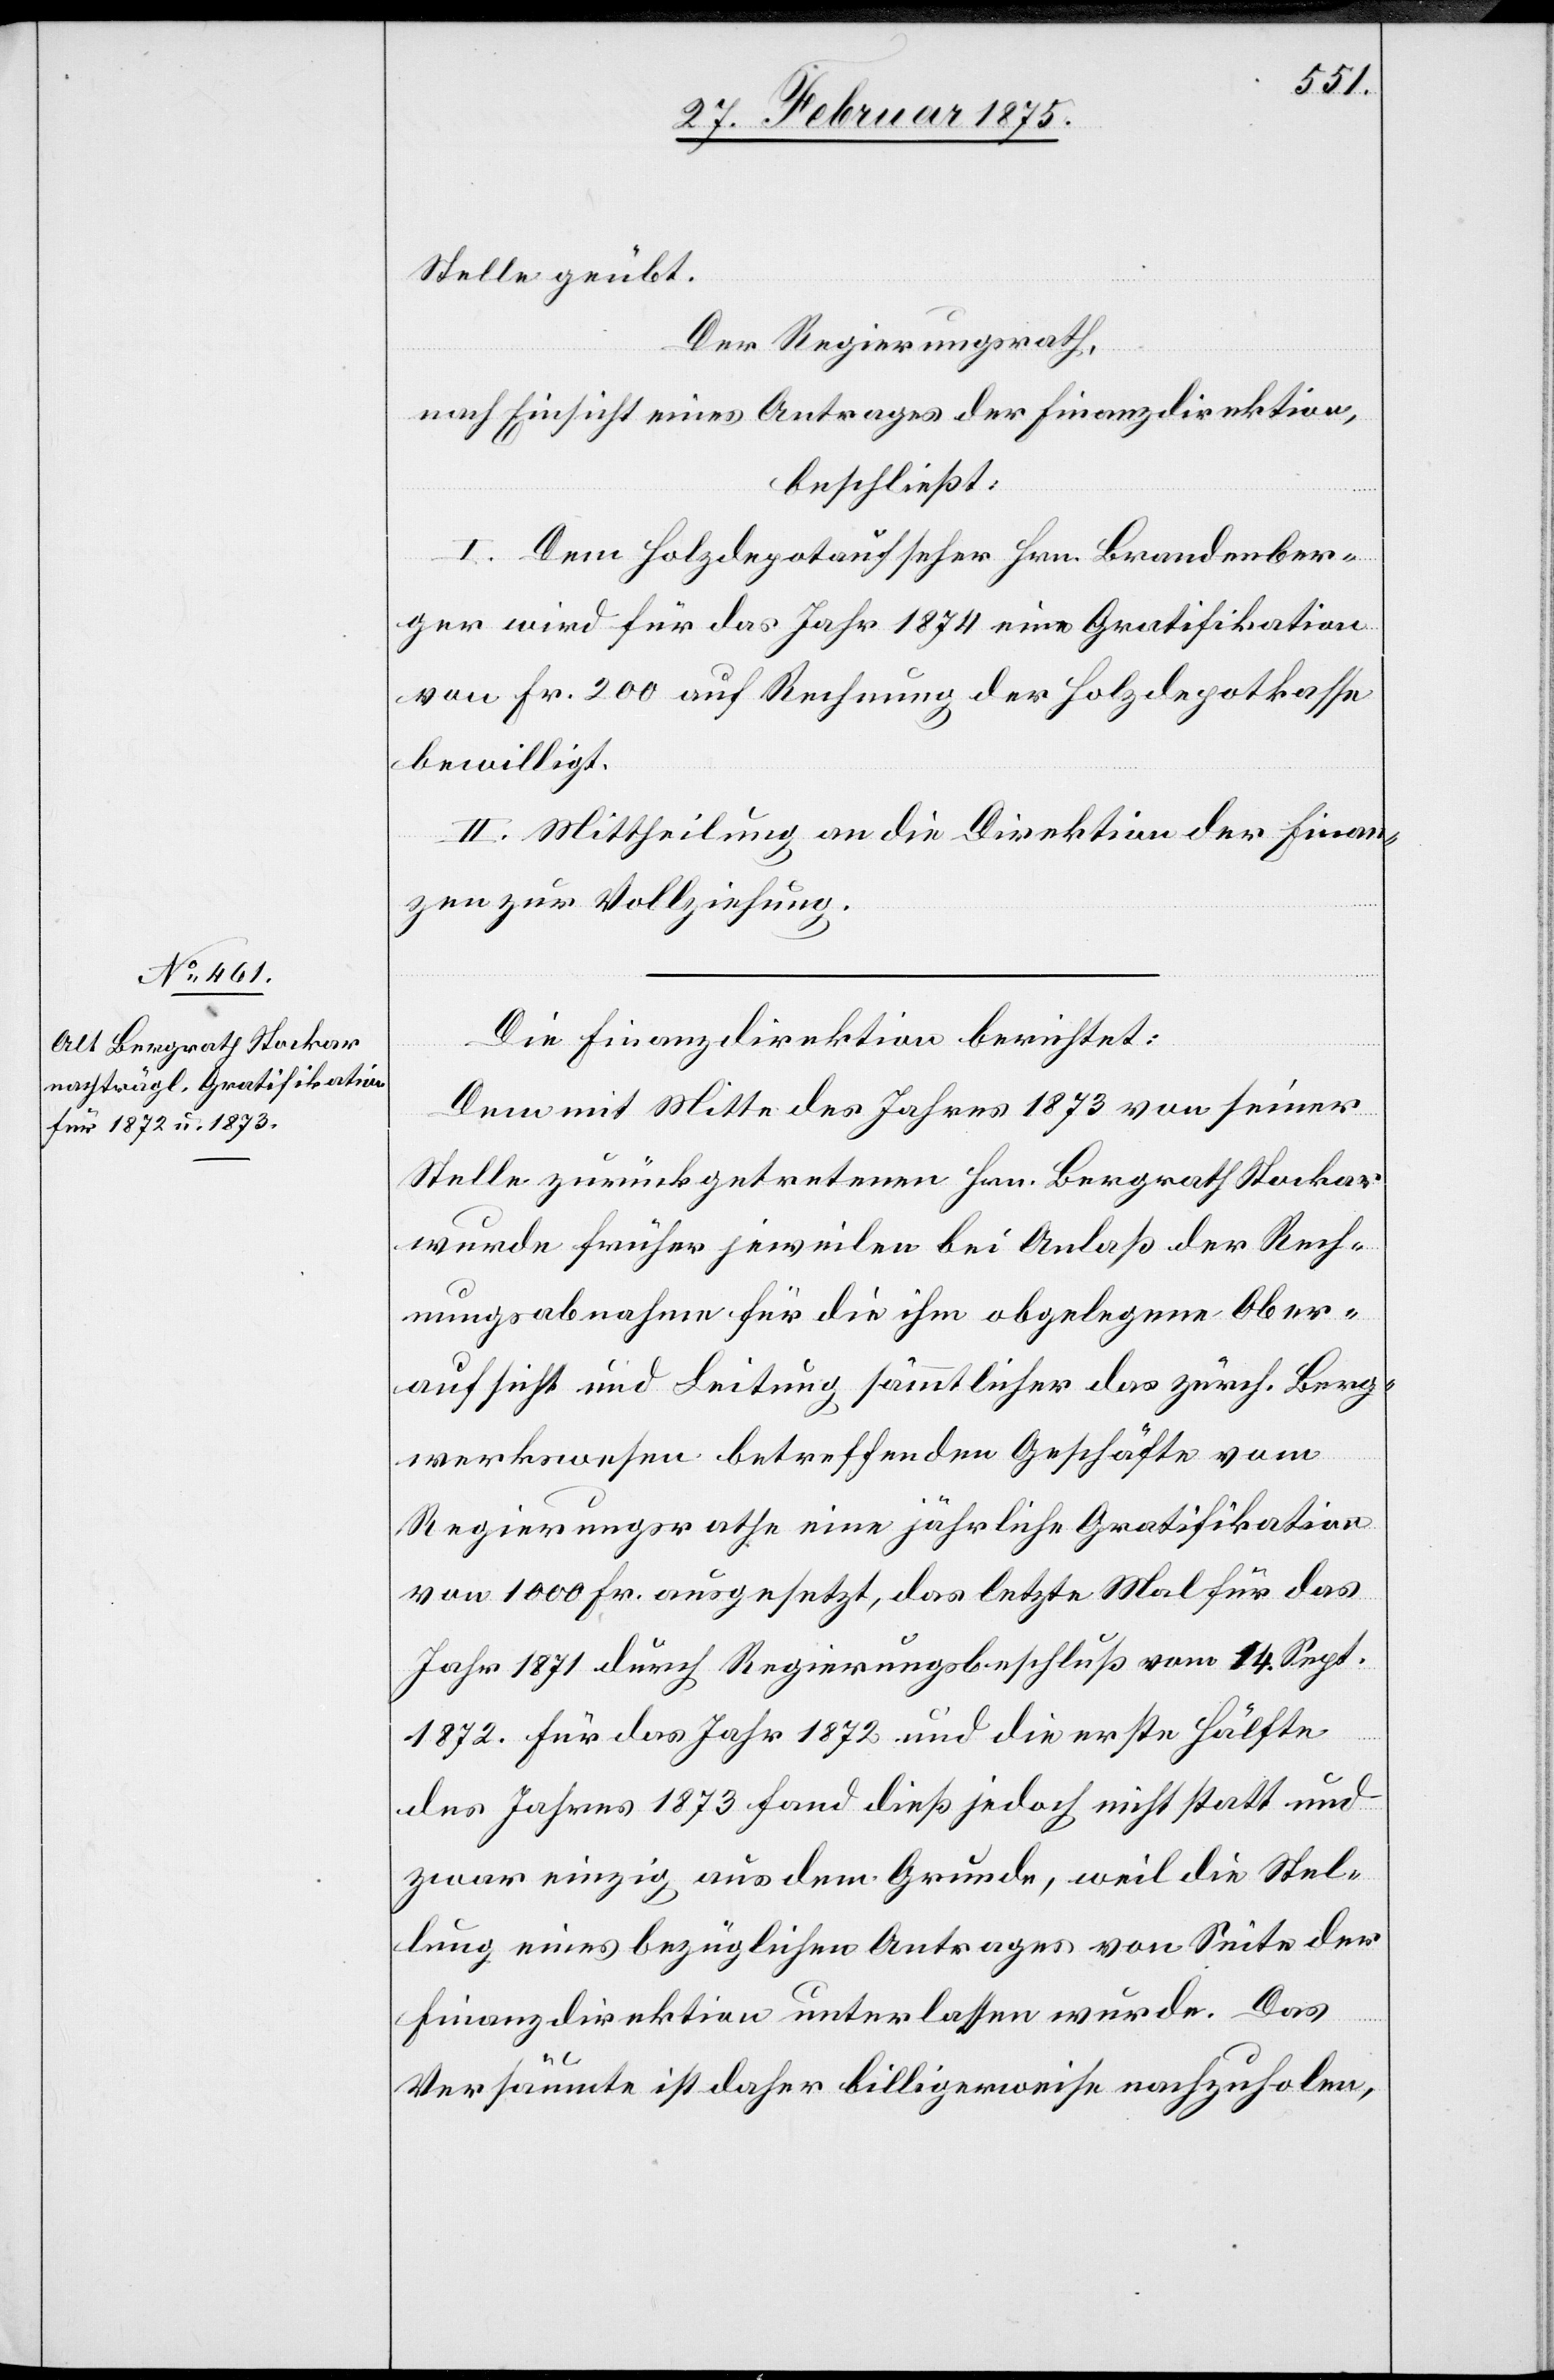
Stelle geübt.
Der Regierungsrath,
nach Einsicht eines Antrages der Finanzdirektion,
beschließt:
I. Dem Holzdepotaufseher Hrn. Brandenber¬
ger wird für das Jahr 1874 eine Gratifikation
von Fr. 200 auf Rechnung der Holzdepotkasse
bewilligt.
II. Mittheilung an die Direktion der Finan¬
zen zur Vollziehung.
Die Finanzdirektion berichtet:
Dem mit Mitte des Jahres 1873 von seiner
Stelle zurückgetretenen Hrn. Bergrath Stockar
wurde früher jeweilen bei Anlaß der Rech¬
nungsabnahme für die ihm obgelegene Ober¬
aufsicht und Leistung sämmtlicher das zürch. Berg¬
werkswesen betreffenden Geschäfte vom
Regierungsrathe eine jährliche Gratifikation
von 1000 Fr. ausgesetzt, das letzte Mal für das
Jahr 1871 durch Regierungsbeschluß vom 14. Sept.
1872. Für das Jahr 1872 und die erste Hälfte
des Jahres 1873 fand dies jedoch nicht statt und
zwar einzig aus dem Grunde, weil die Stel¬
lung eines bezüglichen Antrages von Seite der
Finanzdirektion unterlassen wurde. Das
Versäumte ist daher billigerweise nachzuholen,